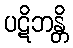
ပဋိဘန္တိ